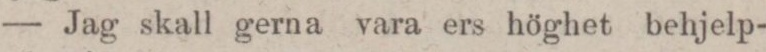
— Jag skall gerna vara ers höghet behjelp-